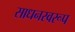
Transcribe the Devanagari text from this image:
साधनस्वरूप